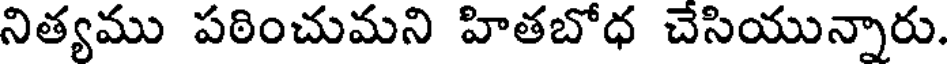
నిత్యము పఠించుమని హితబోధ చేసియున్నారు.